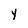
Character: y